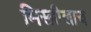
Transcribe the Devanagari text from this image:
मिस्त्रीलाच